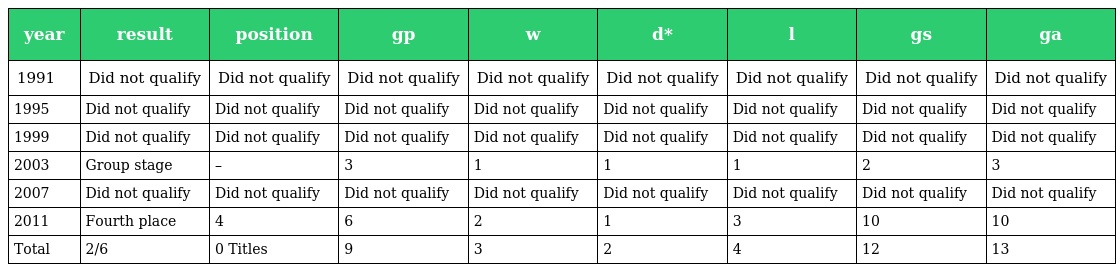
| year | result | position | gp | w | d* | l | gs | ga |
 | --- | --- | --- | --- | --- | --- | --- | --- | --- |
 | 1991 | Did not qualify | Did not qualify | Did not qualify | Did not qualify | Did not qualify | Did not qualify | Did not qualify | Did not qualify |
 | 1995 | Did not qualify | Did not qualify | Did not qualify | Did not qualify | Did not qualify | Did not qualify | Did not qualify | Did not qualify |
 | 1999 | Did not qualify | Did not qualify | Did not qualify | Did not qualify | Did not qualify | Did not qualify | Did not qualify | Did not qualify |
 | 2003 | Group stage | – | 3 | 1 | 1 | 1 | 2 | 3 |
 | 2007 | Did not qualify | Did not qualify | Did not qualify | Did not qualify | Did not qualify | Did not qualify | Did not qualify | Did not qualify |
 | 2011 | Fourth place | 4 | 6 | 2 | 1 | 3 | 10 | 10 |
 | Total | 2/6 | 0 Titles | 9 | 3 | 2 | 4 | 12 | 13 |